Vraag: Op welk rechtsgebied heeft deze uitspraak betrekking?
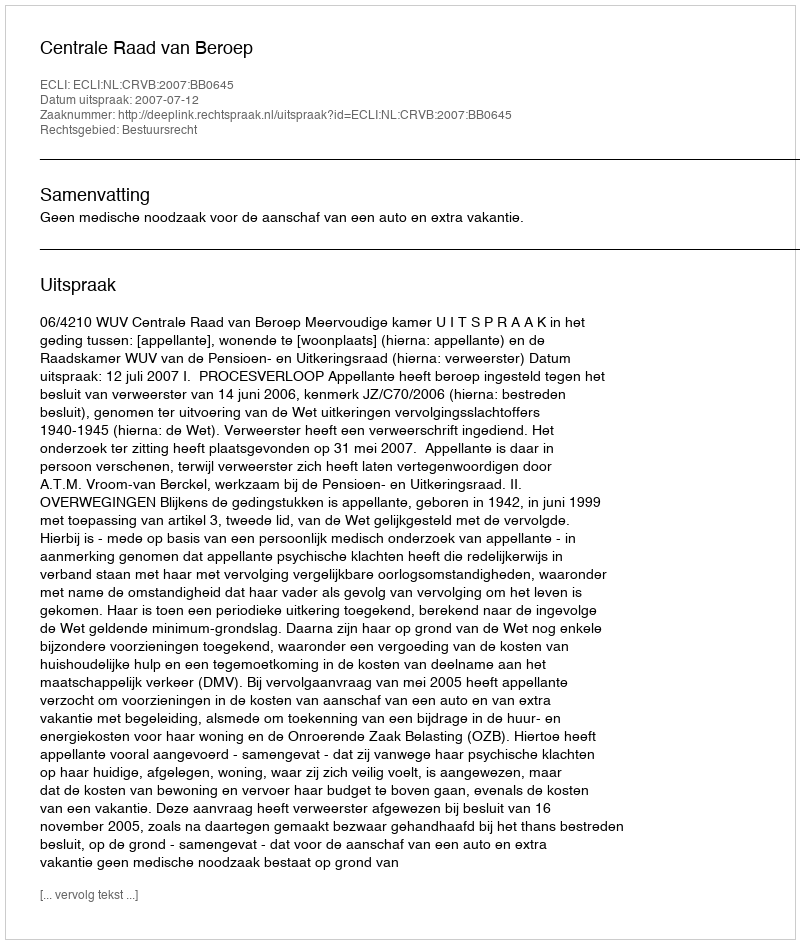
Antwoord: Bestuursrecht